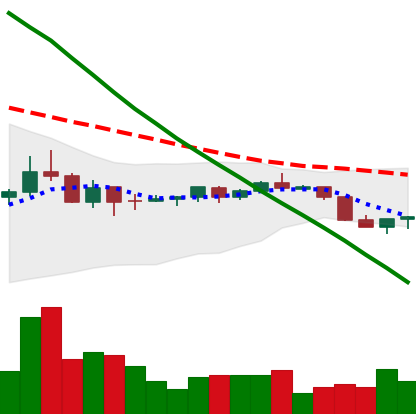
Ticker: DOGE-USD
Chart end date: 2022-07-14
Forward return: 10.608%
Label: up_7plus